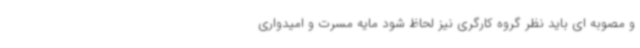
و مصوبه ای باید نظر گروه کارگری نیز لحاظ شود مایه مسرت و امیدواری